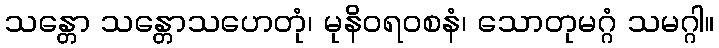
သန္တော သန္တောသဟေတုံ၊ မုနိဝရ၀စနံ၊ သောတုမဂ္ဂံ သမဂ္ဂါ။